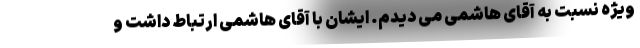
ویژه نسبت به آقای هاشمی می دیدم. ایشان با آقای هاشمی ارتباط داشت و